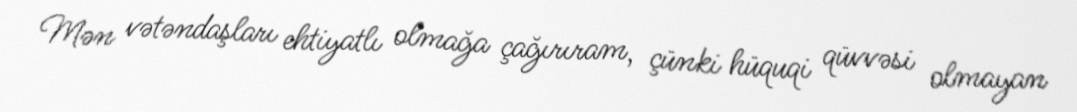
Mən vətəndaşları ehtiyatlı olmağa çağırıram, çünki hüquqi qüvvəsi olmayan